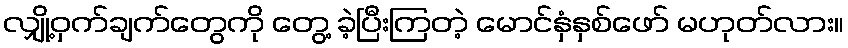
လျှို့ဝှက်ချက်တွေကို တွေ့ ခဲ့ပြီးကြတဲ့ မောင်နှံနှစ်ဖော် မဟုတ်လား။